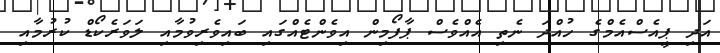
އަދި ޕީއެސްއެމްގެ ހުއްދަ ނެތި އެއްވެސް ޕާފޯމިން އިވެންްޓެއްގައި ބައިވެރިވުމާއި ލަވަރެކޯޑް ކުރުމާއި